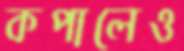
কপালেও